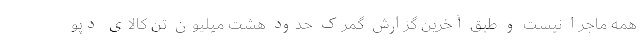
همه ماجرا نیست و طبق آخرین گزارش گمرک حدود هشت میلیون تن کالای دپو